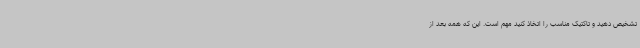
تشخیص دهید و تاکتیک مناسب را اتخاذ کنید مهم است. این که همه بعد از